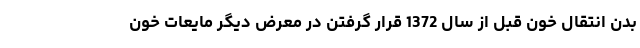
بدن انتقال خون قبل از سال 1372 قرار گرفتن در معرض دیگر مایعات خون